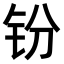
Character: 𫟴